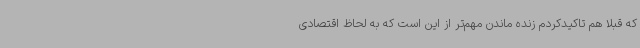
که قبلا هم تاکیدکردم زنده ماندن مهم‌تر از این است که به لحاظ اقتصادی